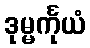
ဒုမ္မင်္ကုယံ